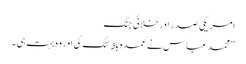
امریکی صدر اورخلائی جنگ
”محمد عباس نے عمدہ باﺅلنگ کی اور وہ بہت ہی۔